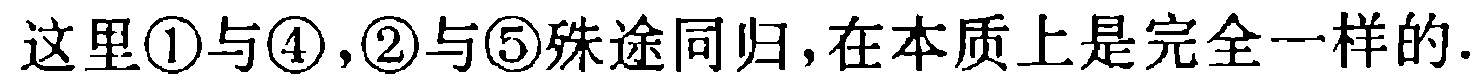
这里\textcircled{1}与\textcircled{4},\textcircled{2}与\textcircled{5}殊途同归,在本质上是完全一样的.